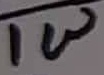
Text: 1W